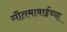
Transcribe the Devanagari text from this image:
गौतमाबाईंच्या